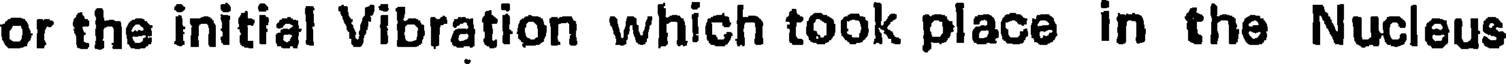
or the initial Vibration which took place in the Nucleus